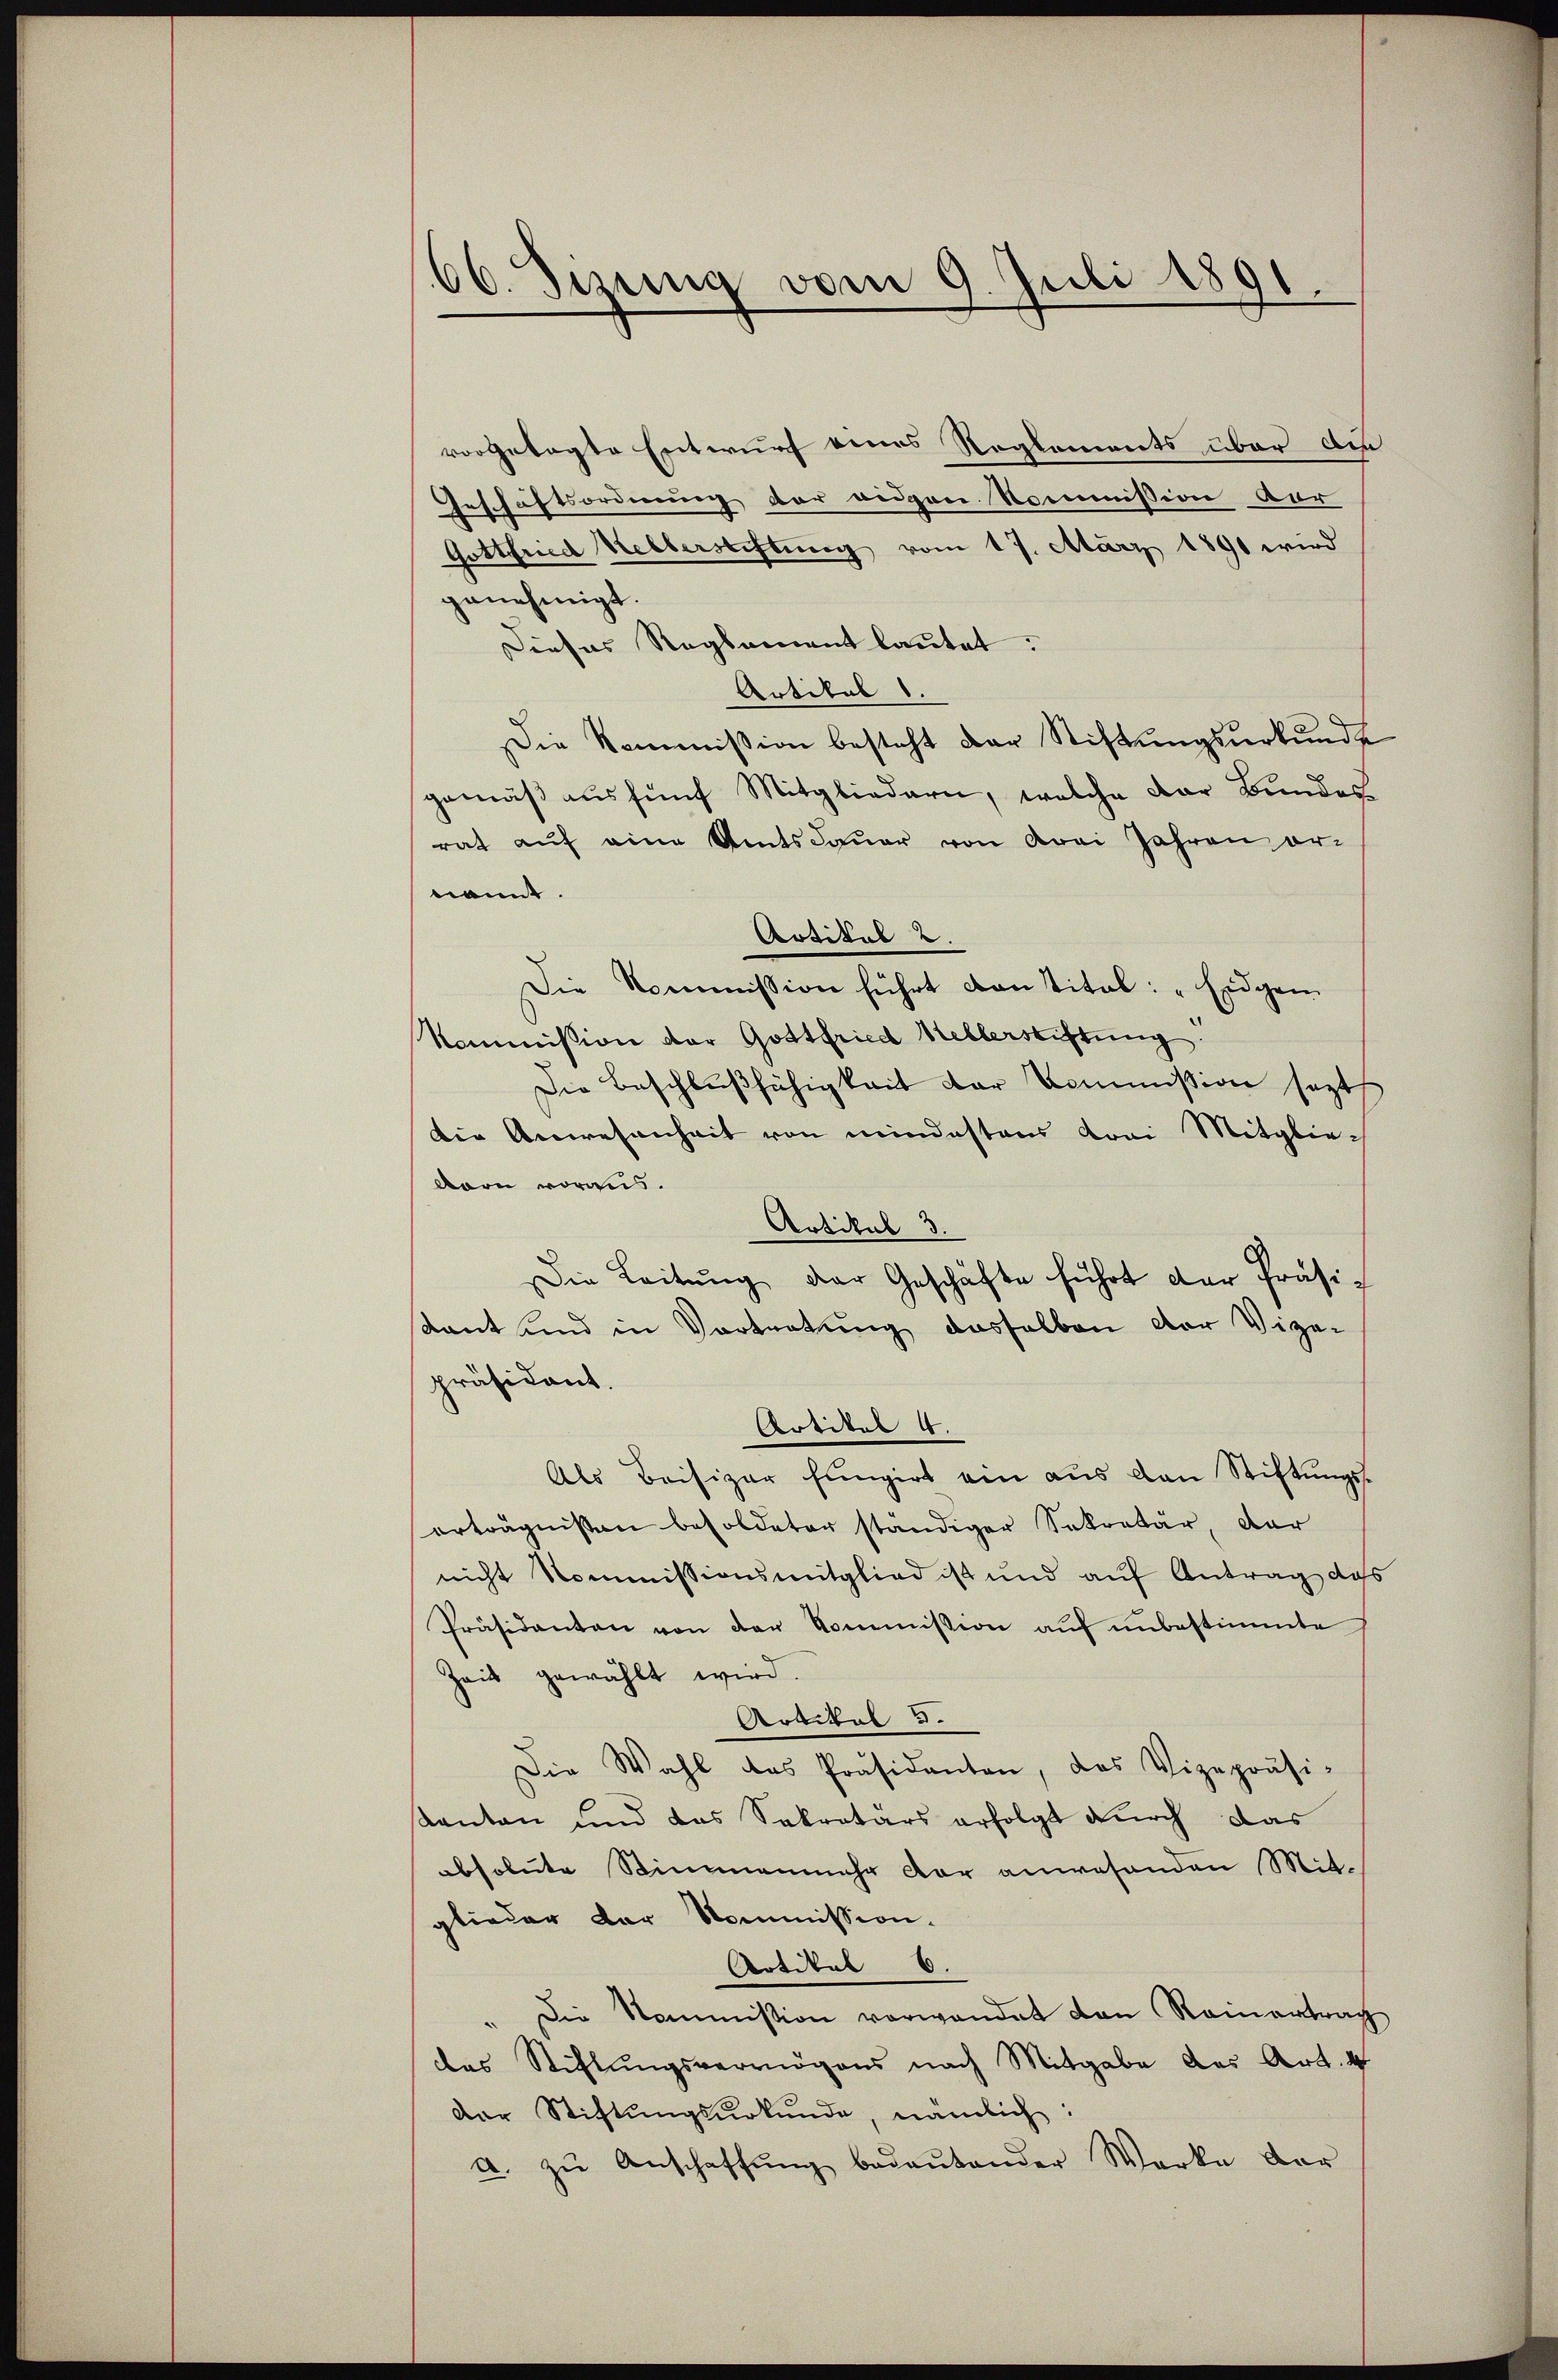
66. Sizung vom 9. Juli 1891.

vorgetagte Entwurf eines Reglements über die
Geschäftsordnung der eidgen Kommission vor
.
Gottfried Kelberstiftung vom 17. März 1891 wird
genehmigt.
Dieses Reglement lautet.
Artikel 1.
Die Kommission besteht der Stiftungsurkunde
gemäß aus fünf Mitgliedern, welche Dar Bundes
rat auf eine Amtsdauer von drei Jahren ornannt.
Artikel 2
Die Kommission führt kantitel: „Eidgen.
Kommission der Gottfried Mellerstiftung
Die Beschlußfähigkeit der Kommission sagt
Die Anwesenheit von mindestens drei Mitglie¬
Bern voraus.
Artikal 3.
Die Leitŭng der Geschäfte führt der Präsistant und in Vortretung dasselben der Vize-
präsident
Artikel 4.
Als Beisiger fungirt ein aus den Stiftungs-
erträgnissen besoldeter ständiger Sekretär, dar
nicht kommissionsmitglied ist und auf Antrag dass
Präsidanten von der Kommission auf unbestimmte
Zeit gewählt wird.
Artikal 5.
Die Wahl das Präsidenten, das Vizepräsi-
Kanton und das Sekretärs erfolgt durch das
absolute Stimmenmehr der anwesenden Mit
glieder der Kommission.
Artikel 6.
Die Kommission vorwandet den Rainertrag
des Stichtŭngsvermögens nach Mitgabe des Art. 4
der Stiftungsurkunde, nämlich:
a. zŭ Anschaffŭng bedeŭtender Werke dar